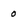
Character: 0